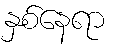
နှစ်နေရာ